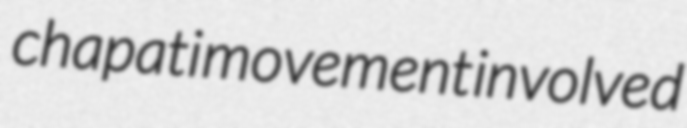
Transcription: chapati movement involved